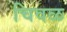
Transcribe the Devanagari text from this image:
चिवळ